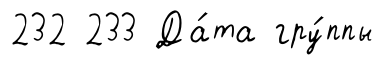
232 233 Да́та гру́ппы